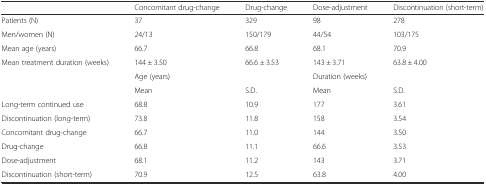
<table><thead><tr><td></td><td><b>Concomitant drug-change</b></td><td><b>Drug-change</b></td><td><b>Dose-adjustment</b></td><td><b>Discontinuation (short-term)</b></td></tr></thead><tbody><tr><td>Patients (N)</td><td>37</td><td>329</td><td>98</td><td>278</td></tr><tr><td>Men/women (N)</td><td>24/13</td><td>150/179</td><td>44/54</td><td>103/175</td></tr><tr><td>Mean age (years)</td><td>66.7</td><td>66.8</td><td>68.1</td><td>70.9</td></tr><tr><td>Mean treatment duration (weeks)</td><td>144 ± 3.50</td><td>66.6 ± 3.53</td><td>143 ± 3.71</td><td>63.8 ± 4.00</td></tr><tr><td></td><td colspan="2">Age (years)</td><td colspan="2">Duration (weeks)</td></tr><tr><td></td><td>Mean</td><td>S.D.</td><td>Mean</td><td>S.D.</td></tr><tr><td>Long-term continued use</td><td>68.8</td><td>10.9</td><td>177</td><td>3.61</td></tr><tr><td>Discontinuation (long-term)</td><td>73.8</td><td>11.8</td><td>158</td><td>3.54</td></tr><tr><td>Concomitant drug-change</td><td>66.7</td><td>11.0</td><td>144</td><td>3.50</td></tr><tr><td>Drug-change</td><td>66.8</td><td>11.1</td><td>66.6</td><td>3.53</td></tr><tr><td>Dose-adjustment</td><td>68.1</td><td>11.2</td><td>143</td><td>3.71</td></tr><tr><td>Discontinuation (short-term)</td><td>70.9</td><td>12.5</td><td>63.8</td><td>4.00</td></tr></tbody></table>